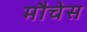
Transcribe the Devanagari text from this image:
मौचेस